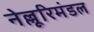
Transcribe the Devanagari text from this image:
नेल्लूरिमंडल